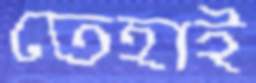
তেহাই